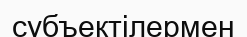
субъектілермен